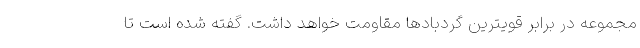
مجموعه در برابر قویترین گردبادها مقاومت خواهد داشت. گفته شده است تا